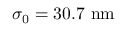
\sigma _ { 0 } = 3 0 . 7 \ \mathrm { n m }